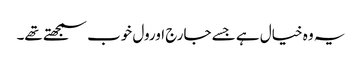
یہ وہ خیال ہے جسے جارج اورول خوب سمجھتے تھے۔